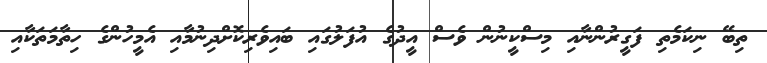
ތިބޭ ނިކަމެތި ފަގީރުންނާއި މިސްކީނުން ވެސް އީދުގެ އުފަލުގައި ބައިވެރިކޮށްދިނުމާއި އެމީހުންގެ ހިތާމަތަކާއި